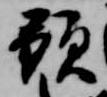
預